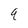
Character: 9